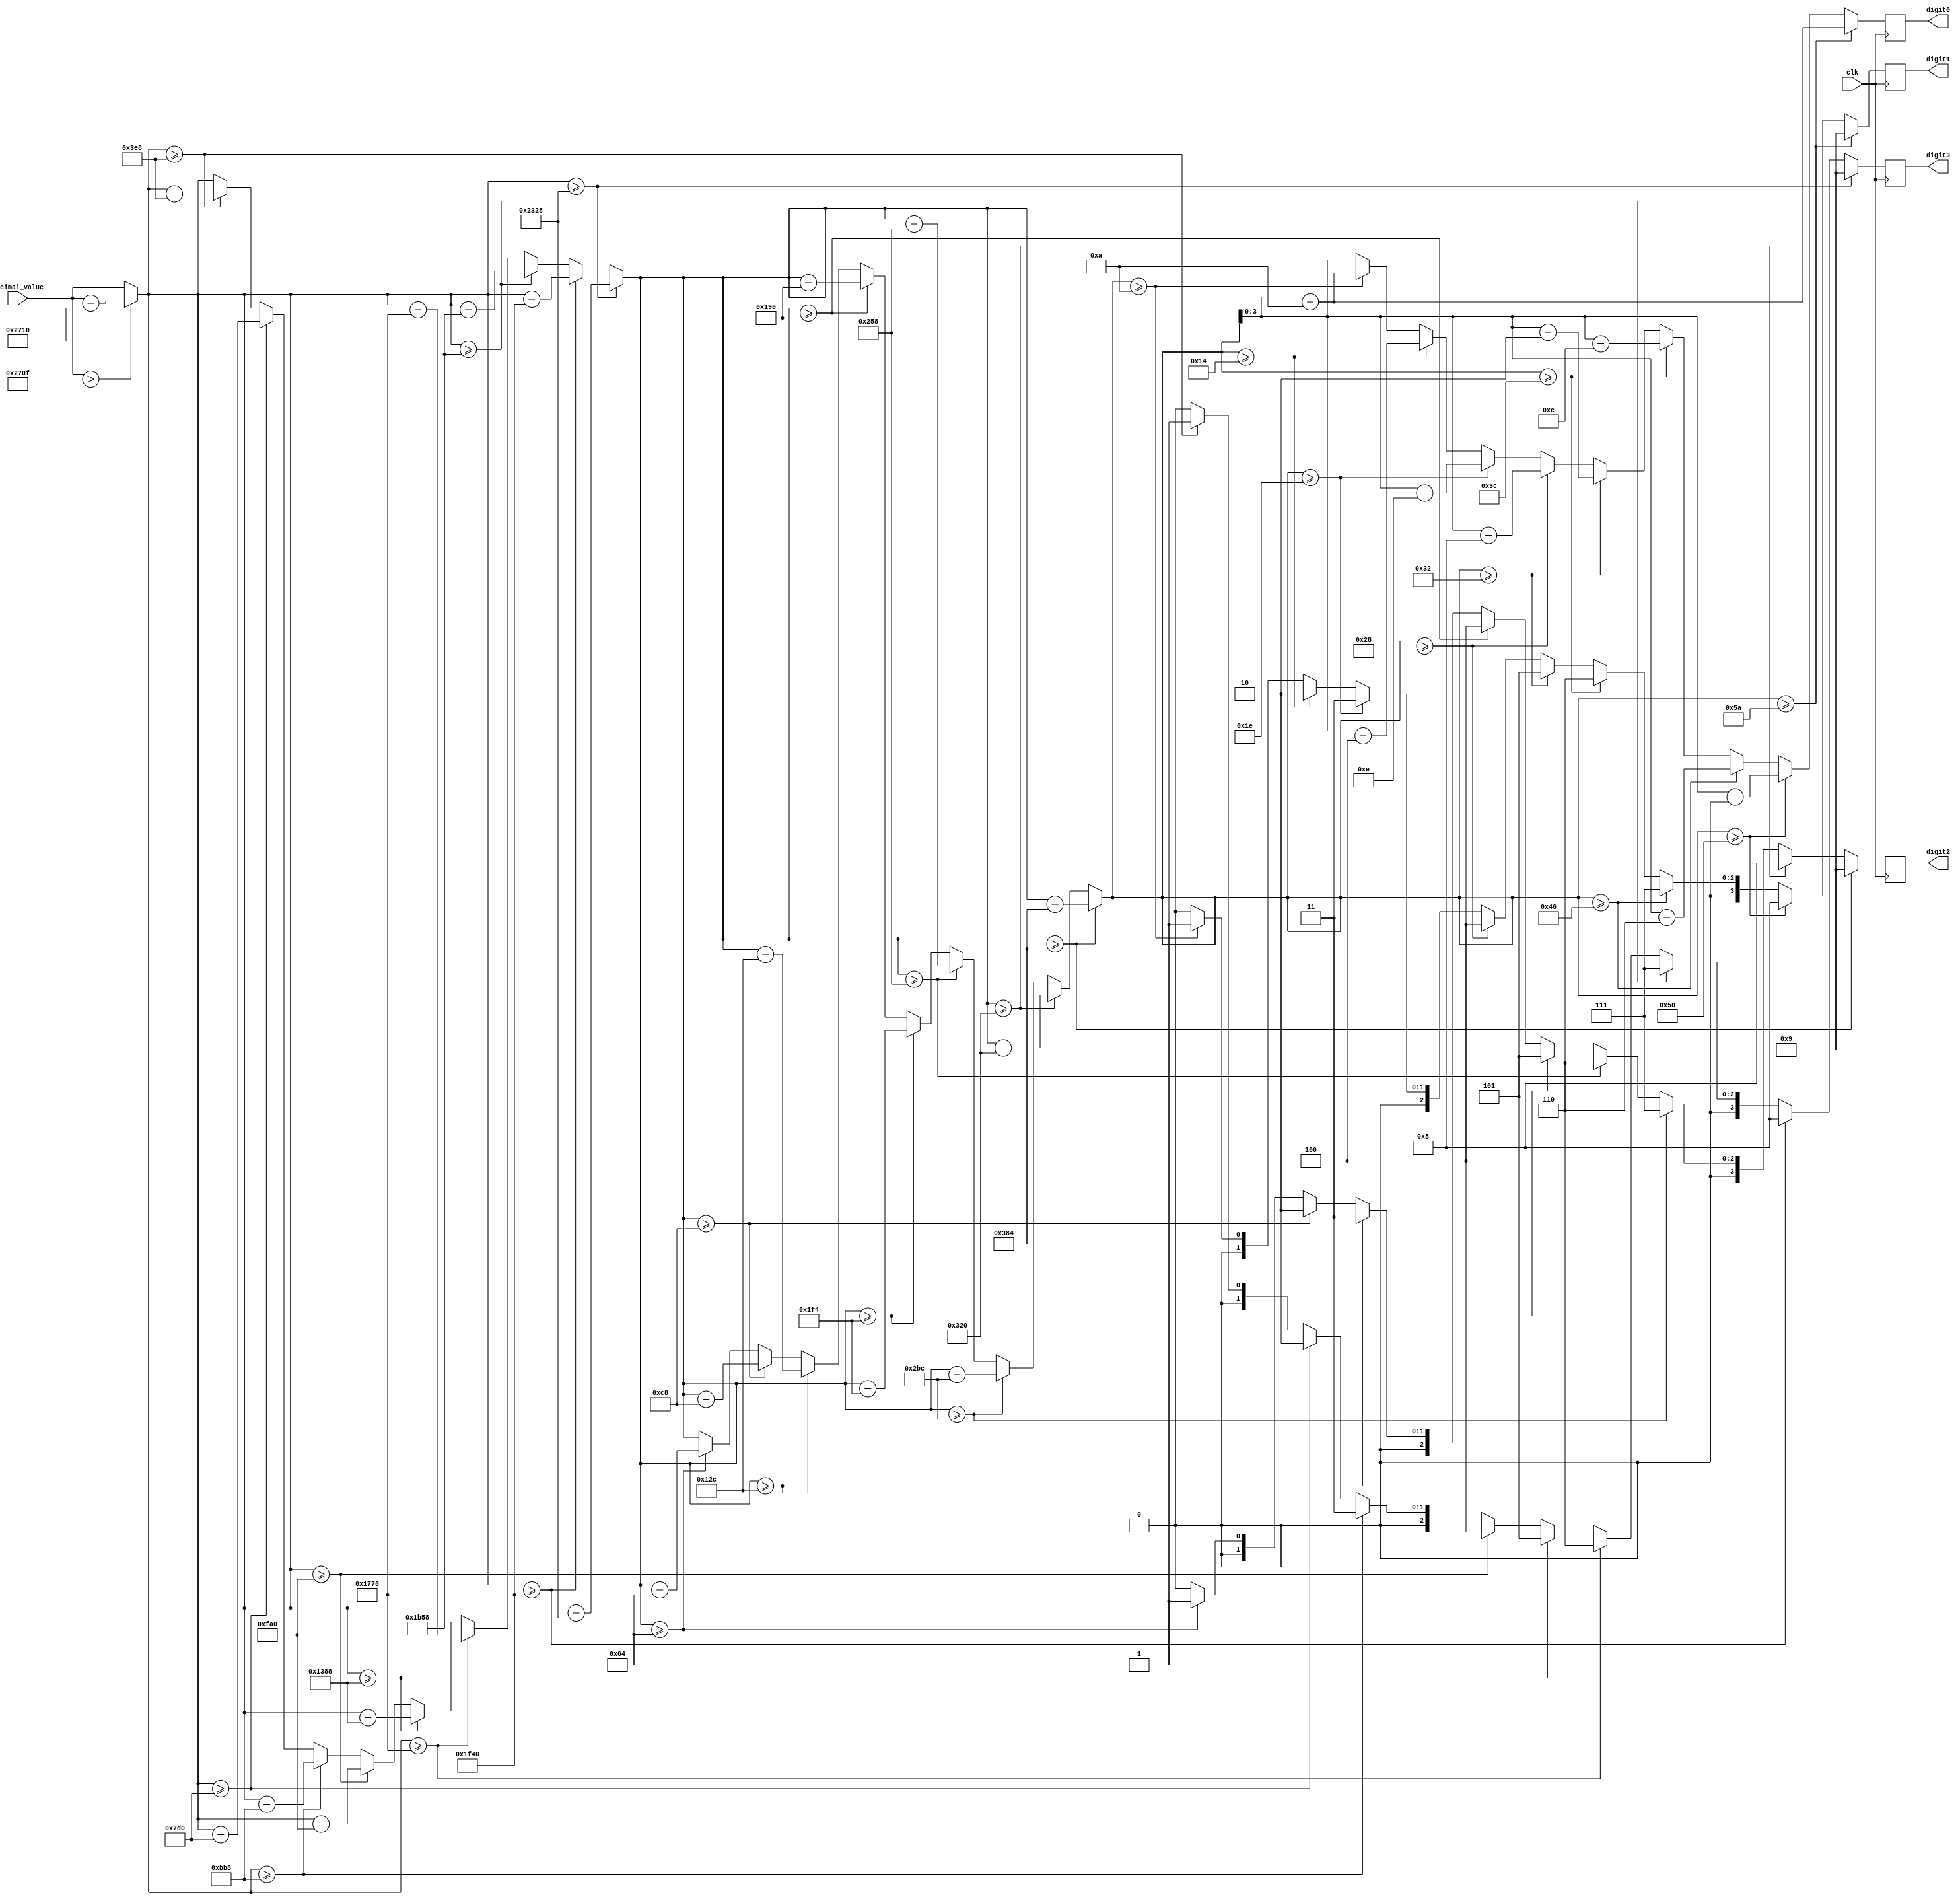
/**************************************************************************************
------ Module Description -----
Author > Justin Wylie

Description > Convert an integer value to bcd format

Usage:
Accepts > 14 bit number with value < 9999
Returns > Four 4 bit numbers corresponding to the 4 bcd digits of the inputted number

Clocking & Reset:
Requires Clock > Yes
Reset Bit > No
Enable Bit > No

**************************************************************************************/

module decimal_to_bcd(
    input clk,
    input [13:0] decimal_value,
    output reg [3:0] digit3, digit2, digit1, digit0
    );
    
reg [13:0] decimal_value_reg;


always @(posedge clk) begin
    decimal_value_reg = decimal_value;

    //Bring number into range
    if(decimal_value_reg > 9999)
        decimal_value_reg = decimal_value_reg - 10000;
    
    //Determine digit 3
    if (decimal_value_reg >= 9000) begin
        digit3 = 4'd9;
        decimal_value_reg = decimal_value_reg - 9000;
    end else if (decimal_value_reg >= 8000) begin
        digit3 = 4'd8;
        decimal_value_reg = decimal_value_reg - 8000;
    end else if (decimal_value_reg >= 7000) begin
        digit3 = 4'd7;
        decimal_value_reg = decimal_value_reg - 7000;
    end else if (decimal_value_reg >= 6000) begin
        digit3 = 4'd6;
        decimal_value_reg = decimal_value_reg - 6000;
    end else if (decimal_value_reg >= 5000) begin
        digit3 = 4'd5;
        decimal_value_reg = decimal_value_reg - 5000;
    end else if (decimal_value_reg >= 4000) begin
        digit3 = 4'd4;
        decimal_value_reg = decimal_value_reg - 4000;
    end else if (decimal_value_reg >= 3000) begin
        digit3 = 4'd3;
        decimal_value_reg = decimal_value_reg - 3000;
    end else if (decimal_value_reg >= 2000) begin
        digit3 = 4'd2;
        decimal_value_reg = decimal_value_reg - 2000;
    end else if (decimal_value_reg >= 1000) begin
        digit3 = 4'd1;
        decimal_value_reg = decimal_value_reg - 1000;
    end else
        digit3 = 4'd0;
    
    
    //Determine digit 2
    if (decimal_value_reg >= 900) begin
        digit2 = 4'd9;
        decimal_value_reg = decimal_value_reg - 900;
    end else if (decimal_value_reg >= 800) begin
        digit2 = 4'd8;
        decimal_value_reg = decimal_value_reg - 800;
    end else if (decimal_value_reg >= 700) begin
        digit2 = 4'd7;
        decimal_value_reg = decimal_value_reg - 700;
    end else if (decimal_value_reg >= 600) begin
        digit2 = 4'd6;
        decimal_value_reg = decimal_value_reg - 600;
    end else if (decimal_value_reg >= 500) begin
        digit2 = 4'd5;
        decimal_value_reg = decimal_value_reg - 500;
    end else if (decimal_value_reg >= 400) begin
        digit2 = 4'd4;
        decimal_value_reg = decimal_value_reg - 400;
    end else if (decimal_value_reg >= 300) begin
        digit2 = 4'd3;
        decimal_value_reg = decimal_value_reg - 300;
    end else if (decimal_value_reg >= 200) begin
        digit2 = 4'd2;
        decimal_value_reg = decimal_value_reg - 200;
    end else if (decimal_value_reg >= 100) begin
        digit2 = 4'd1;
        decimal_value_reg = decimal_value_reg - 100;
    end else
        digit2 = 4'd0;
    
    //Determine digit 2
    if (decimal_value_reg >= 90) begin
        digit1 = 4'd9;
        decimal_value_reg = decimal_value_reg - 90;
    end else if (decimal_value_reg >= 80) begin
        digit1 = 4'd8;
        decimal_value_reg = decimal_value_reg - 80;
    end else if (decimal_value_reg >= 70) begin
        digit1 = 4'd7;
        decimal_value_reg = decimal_value_reg - 70;
    end else if (decimal_value_reg >= 60) begin
        digit1 = 4'd6;
        decimal_value_reg = decimal_value_reg - 60;
    end else if (decimal_value_reg >= 50) begin
        digit1 = 4'd5;
        decimal_value_reg = decimal_value_reg - 50;
    end else if (decimal_value_reg >= 40) begin
        digit1 = 4'd4;
        decimal_value_reg = decimal_value_reg - 40;
    end else if (decimal_value_reg >= 30) begin
        digit1 = 4'd3;
        decimal_value_reg = decimal_value_reg - 30;
    end else if (decimal_value_reg >= 20) begin
        digit1 = 4'd2;
        decimal_value_reg = decimal_value_reg - 20;
    end else if (decimal_value_reg >= 10) begin
        digit1 = 4'd1;
        decimal_value_reg = decimal_value_reg - 10;
    end else
        digit1 = 4'd0;
    
    digit0 = decimal_value_reg;       
        
end    
    
endmodule